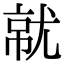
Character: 𡯶